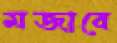
মজাবে